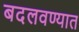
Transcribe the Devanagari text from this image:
बदलवण्यात